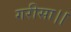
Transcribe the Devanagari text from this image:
गरीसा।।